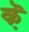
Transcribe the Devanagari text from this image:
क़ॆ